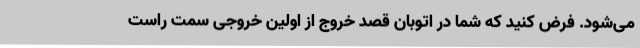
می‌شود. فرض کنید که شما در اتوبان قصد خروج از اولین خروجی سمت راست